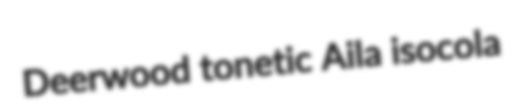
Deerwood tonetic Aila isocola